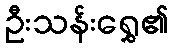
ဦးသန်းရွှေ၏